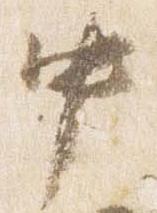
中